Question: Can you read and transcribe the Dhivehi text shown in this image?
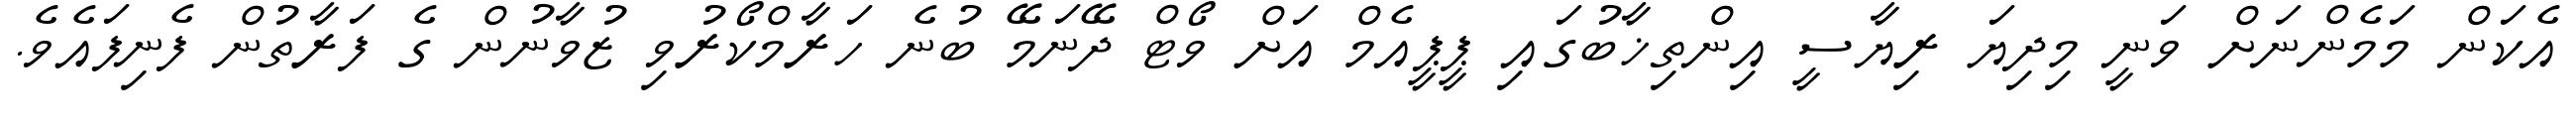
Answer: އެކަން މަމެންނަށް ވަނީ މިދިޔަ ރިޔާސީ އިންތިޚާބުގައި ޕީޕީއެމް އަށް ވޯޓް ދޭނަމޭ ބުނެ ހަރާމްކޯރުވި ޒުވާނުން ގެ ފަރާތުން ފެނިފައެވެ.